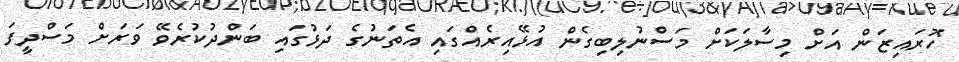
ހޮރައިޒަން އަށް މިސާލަކަށް މަސްނުލިބިގެން އުޅޭއިރެއްގައި އެތަނުގެ ދަޅުގައި ބަންދުކުރެވޭ ވަރަށް މަސްދީފަ